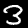
Digit: 3